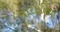
મારફતિયા